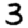
Digit: 3